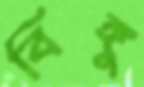
বিঙ্গু